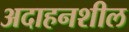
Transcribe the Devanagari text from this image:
अदाहनशील